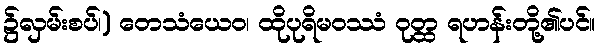
၌လှမ်းစပ်၊) တေသံယေဝ၊ ထိုပုရိမဝဿံ ဝုတ္ထ ရဟန်းတို့၏ပင်။